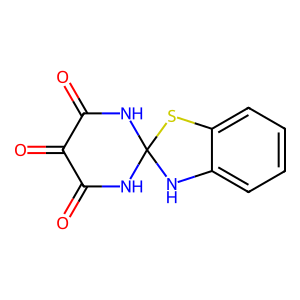
SMILES: O=C1NC2(NC(=O)C1=O)Nc1ccccc1S2
Inhibits HIV replication: No